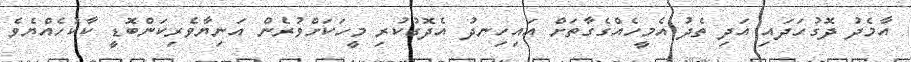
އާމެދު ދޮގުހަދައި އަދި ތެދު އެމީހެއްގެގާތަށް އައިހިނދު އެދޮގުކުރި މީހަކަށްވުރެން އަނިޔާވެރިކަންބޮޑީ ކާކުހެއްޔެވެ